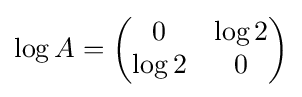
\log A={\begin{pmatrix}0&\log 2\\\log 2&0\end{pmatrix}}